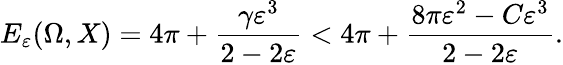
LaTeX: E_{\varepsilon}(\Omega,X)=4\pi+\frac{\gamma\varepsilon^{3}}{2-2\varepsilon}<4\pi+\frac{8\pi\varepsilon^{2}-C\varepsilon^{3}}{2-2\varepsilon}.